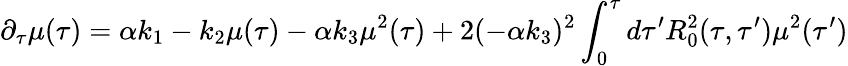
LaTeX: {}\partial_{\tau}\mu(\tau)=\alpha k_{1}-k_{2}\mu(\tau)-\alpha k_{3}\mu^{2}(\tau)+2(-\alpha k_{3})^{2}\int_{0}^{\tau}d\tau^{\prime}R_{0}^{2}(\tau,\tau^{\prime})\mu^{2}(\tau^{\prime})